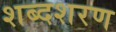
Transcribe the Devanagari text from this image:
शब्दशरण